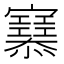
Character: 𢥜